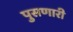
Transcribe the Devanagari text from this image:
पुसणारी